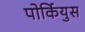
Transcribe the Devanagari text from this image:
पोर्कियुस